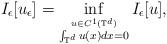
LaTeX: \begin{align*} I_\epsilon [u_\epsilon ]=\inf_{\overset{u\in {C}^1 (\mathbb{T}^d )}{\int_{\mathbb{T}^d}u (x )dx=0}}I_\epsilon [u ], \end{align*}